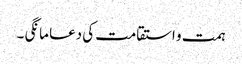
ہمت و استقامت کی دعا مانگی ۔